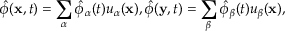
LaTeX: \hat { \phi } ( { \bf x } , t ) = \sum _ { \alpha } \hat { \phi } _ { \alpha } ( t ) u _ { \alpha } ( { \bf x } ) , \hat { \phi } ( { \bf y } , t ) = \sum _ { \beta } \hat { \phi } _ { \beta } ( t ) u _ { \beta } ( { \bf x } ) ,